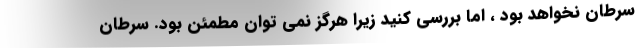
سرطان نخواهد بود ، اما بررسی کنید زیرا هرگز نمی توان مطمئن بود. سرطان